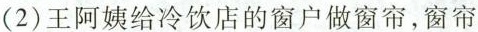
(2)王阿姨给冷饮店的窗户做窗帘，窗帘